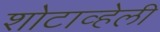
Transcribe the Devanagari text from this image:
शोटाव्हेली